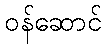
ဝန်ဆောင်